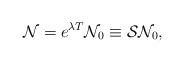
LaTeX: \begin{align*}{\cal N} = e^{\lambda T}{\cal N}_0 \equiv {\cal S}{\cal N}_0,\end{align*}